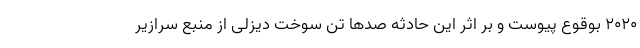
۲۰۲۰ بوقوع پیوست و بر اثر این حادثه صدها تن سوخت دیزلی از منبع سرازیر